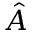
\hat { A }